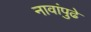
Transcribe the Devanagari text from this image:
नावांपुढे